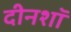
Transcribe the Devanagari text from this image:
दीनशॉ